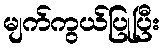
မျက်ကွယ်ပြုပြီး